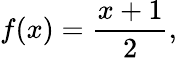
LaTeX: f(x)={\frac{x+1}{2}},